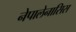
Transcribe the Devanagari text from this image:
नेपालेनासिस